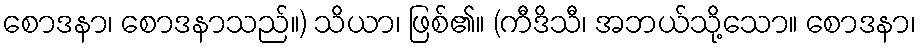
စောဒနာ၊ စောဒနာသည်။) သိယာ၊ ဖြစ်၏။ (ကီဒိသီ၊ အဘယ်သို့သော။ စောဒနာ၊